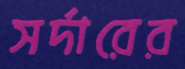
সর্দারের